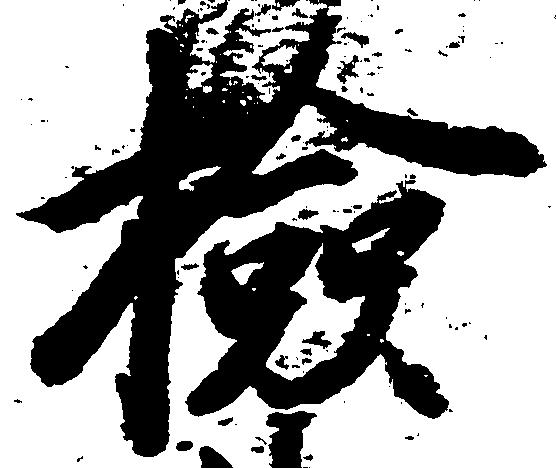
検